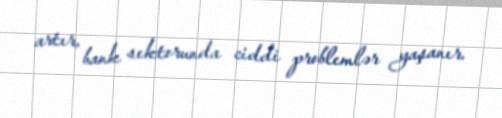
artır, bank sektorunda ciddi problemlər yaşanır.